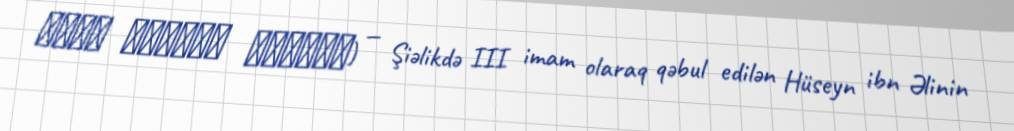
مقام الامام الحسين) — Şiəlikdə III imam olaraq qəbul edilən Hüseyn ibn Əlinin